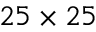
2 5 \times 2 5